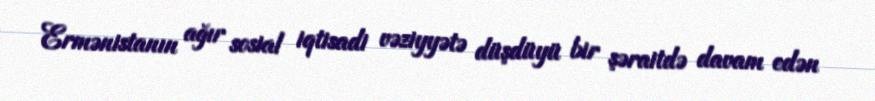
Ermənistanın ağır sosial iqtisadi vəziyyətə düşdüyü bir şəraitdə davam edən